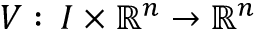
V : \, I \times \mathbb { R } ^ { n } \to \mathbb { R } ^ { n }